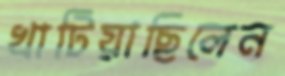
খাটিয়াছিলেন